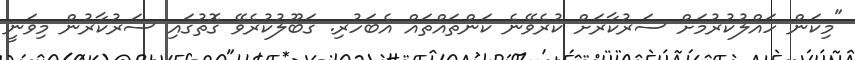
"މިކަން ހައްލުކުރުމަށް ސަރުކާރަށް ކުރެވޭނެ ކަންތައްތައް އެބަހުރި. ގަބޫލުކުރެވޭ ގޮތުގައި ސަރުކާރުން މިވަނީ